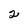
Character: 2